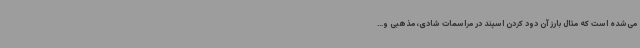
می‌شده است که مثال بارز آن دود کردن اسپند در مراسمات شادی، مذهبی و...